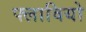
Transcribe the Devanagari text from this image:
फ्लावियो